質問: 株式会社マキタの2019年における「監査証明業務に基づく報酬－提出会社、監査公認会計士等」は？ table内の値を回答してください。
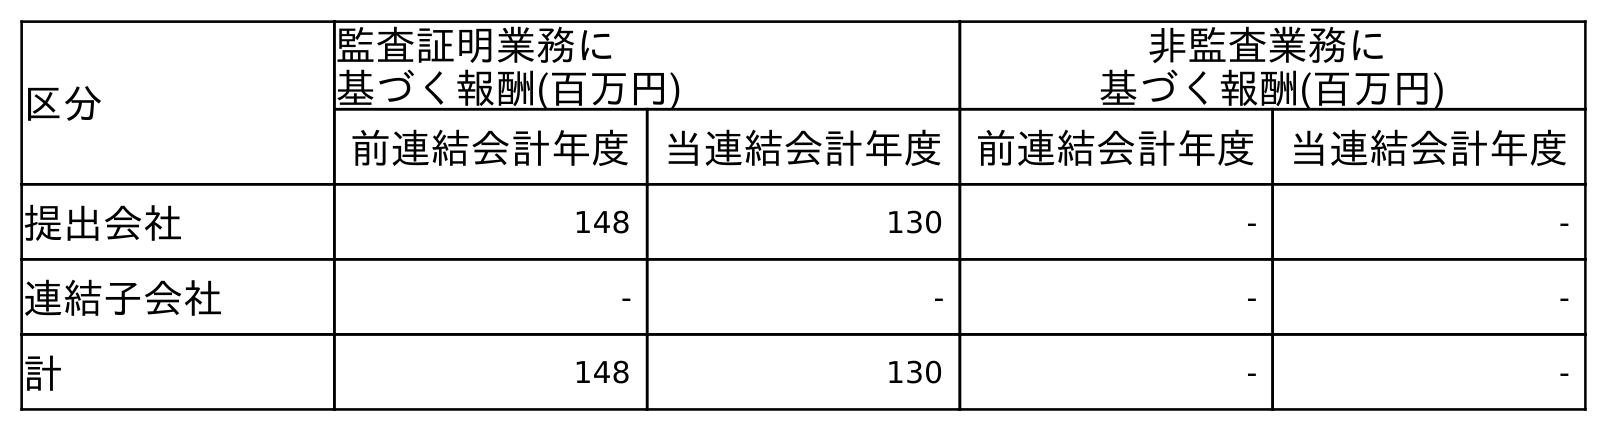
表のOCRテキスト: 区分 監査証明業務に 基づく報酬(百万円) 非監査業務に 基づく報酬(百万円) 前連結会計年度 当連結会計年度 前連結会計年度 当連結会計年度 提出会社 148 130 - - 連結子会社 - - - - 計 148 130 - -
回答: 148